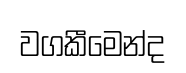
වගකීමෙන්ද